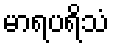
မာရပရိသံ